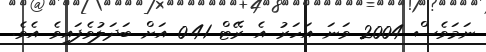
ނަމަވެސް 2004 ވަނަ އަހަރު އެ ރޭޓް 0.41 އަށް ބަދަލުވެފައިވެ އެވެ.